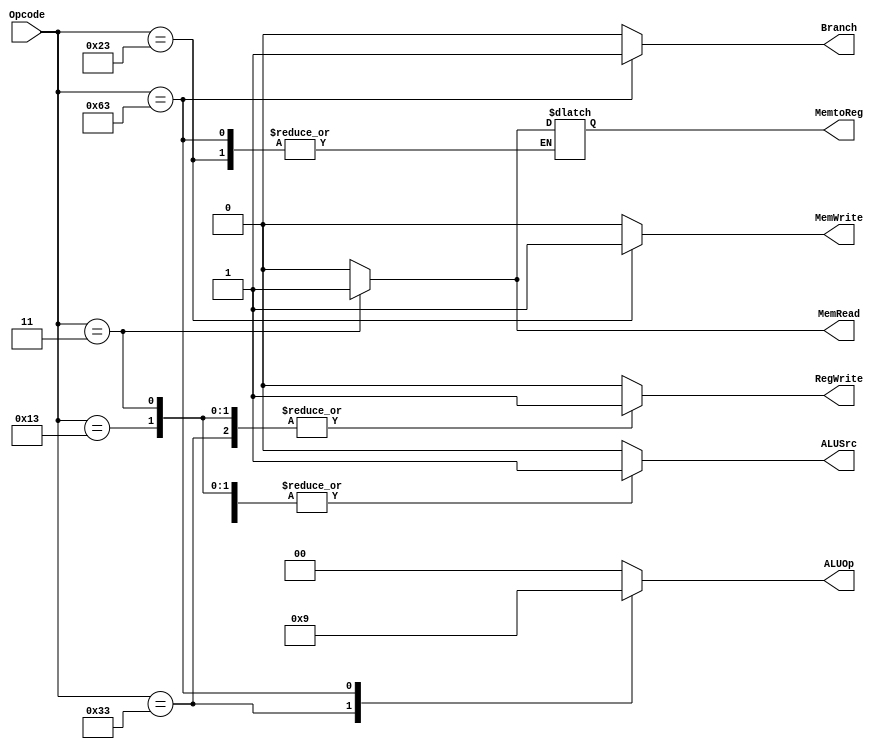
module Control_Unit(
    input  [6:0] Opcode,
    output reg [1:0] ALUOp,
    output reg Branch, MemRead, MemtoReg, MemWrite, ALUSrc, RegWrite
);
    always@(*) begin    
      case(Opcode)
        7'b0110011:
        begin                       // R-Type
          ALUSrc   = 1'b0 ; 
          MemtoReg = 1'b0 ; 
          RegWrite = 1'b1 ; 
          MemRead  = 1'b0 ; 
          MemWrite = 1'b0 ; 
          Branch   = 1'b0 ; 
          ALUOp    = 2'b10;
        end
        
        7'b0000011:
        begin                       // I-Type (Load)
          ALUSrc   = 1'b1 ; 
          MemtoReg = 1'b1 ; 
          RegWrite = 1'b1 ; 
          MemRead  = 1'b1 ; 
          MemWrite = 1'b0 ; 
          Branch   = 1'b0 ; 
          ALUOp    = 2'b00;
        end
        
        7'b0100011:
        begin                        // S-Type
          ALUSrc   = 1'b1 ; 
          //MemtoReg = 1'bx ; 
          RegWrite = 1'b0 ; 
          MemRead  = 1'b0 ; 
          MemWrite = 1'b1 ; 
          Branch   = 1'b0 ; 
          ALUOp    = 2'b00;
        end
        
        7'b1100011:
        begin                        // B-Type (BEQ)
          ALUSrc   = 1'b0 ; 
          //MemtoReg = 1'bx ; 
          RegWrite = 1'b0 ; 
          MemRead  = 1'b0 ; 
          MemWrite = 1'b0 ; 
          Branch   = 1'b1 ; 
          ALUOp    = 2'b01;
        end
        
        7'b0010011: begin         // I-Type (ADDI)
          ALUSrc = 1'b1; 
          MemtoReg = 1'b0; 
          RegWrite = 1'b1; 
          MemRead = 1'b0; 
          MemWrite = 1'b0; 
          Branch = 1'b0; 
          ALUOp = 2'b00;
        end
        
        default: begin           // Default
          ALUSrc = 1'b0; 
          MemtoReg = 1'b0; 
          RegWrite = 1'b0; 
          MemRead = 1'b0; 
          MemWrite = 1'b0; 
          Branch = 1'b0; 
          ALUOp = 2'b00;
        end
        
      endcase
    end
endmodule